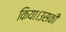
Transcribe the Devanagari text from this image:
किया।उसकी